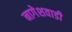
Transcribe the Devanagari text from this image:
नागेशवाडी